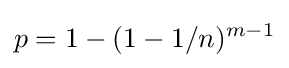
p=1-(1-1/n)^{m-1}